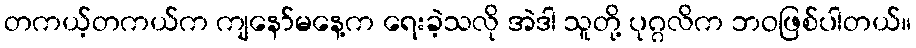
တကယ့်တကယ်က ကျနော်မနေ့က ရေးခဲ့သလို အဲဒါ သူတို့ ပုဂ္ဂလိက ဘဝဖြစ်ပါတယ်။